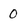
Character: 0